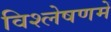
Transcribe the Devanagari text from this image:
विश्लेषणमें